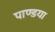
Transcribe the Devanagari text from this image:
पाण्डया